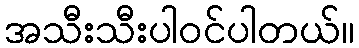
အသီးသီးပါ၀င်ပါတယ်။